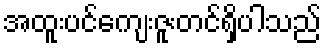
အထူးပင်ကျေးဇူးတင်ရှိပါသည်